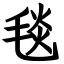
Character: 毯